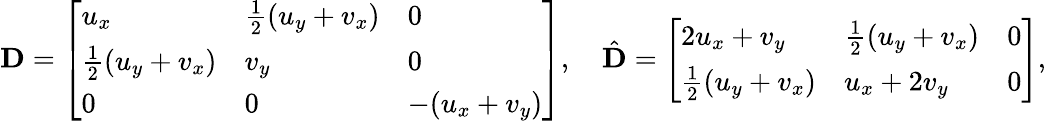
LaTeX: \mathbf{D}=\left[\begin{array}{lll}{u_{x}}&{\frac 12(u_{y}+v_{x})}&{0}\\ {\frac 12(u_{y}+v_{x})}&{v_{y}}&{0}\\ {0}&{0}&{-(u_{x}+v_{y})}\end{array}\right],\quad\hat{\mathbf{D}}=\left[\begin{array}{lll}{2u_{x}+v_{y}}&{\frac 12(u_{y}+v_{x})}&{0}\\ {\frac 12(u_{y}+v_{x})}&{u_{x}+2v_{y}}&{0}\end{array}\right],